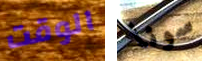
الوقت سونا